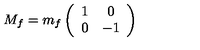
M _ { f } = m _ { f } \left( \begin{array} { c c } { 1 } & { 0 } \\ { 0 } & { - 1 } \\ \end{array} \right)